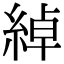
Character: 綽